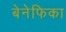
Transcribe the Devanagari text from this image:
बेनेफिका